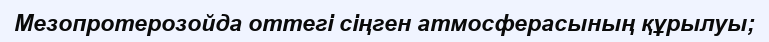
Мезопротерозойда оттегі сіңген атмосферасының құрылуы;